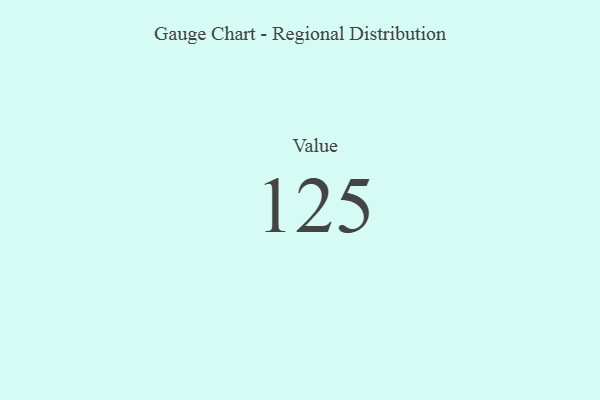
{"axis": {"x": "Metric", "y": "Value"}, "legend": [""], "data": [{"x": "Value", "y": 125, "type": ""}]}